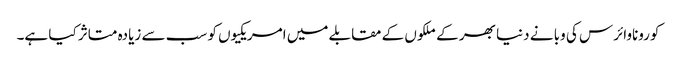
کوروناوائرس کی وبا نے دنیا بھر کے ملکوں کے مقابلے میں امریکیوں کو سب سے زیادہ متاثر کیا ہے۔